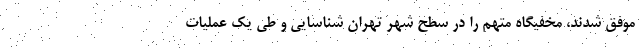
موفق شدند، مخفیگاه متهم را در سطح شهر تهران شناسایی و طی یک عملیات